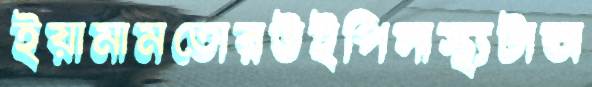
ইয়ামামতোরউইপিসাস্থ্যটাঅ